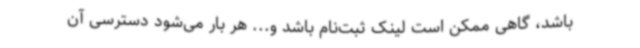
باشد، گاهی ممکن است لینک ثبت‌نام باشد و... هر بار می‌شود دسترسی آن